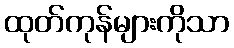
ထုတ်ကုန်များကိုသာ